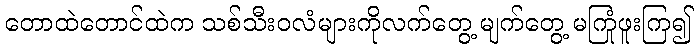
တောထဲတောင်ထဲက သစ်သီးဝလံများကိုလက်တွေ့ မျက်တွေ့ မကြုံဖူးကြ၍